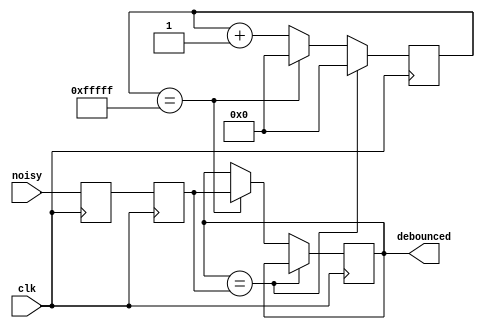
module debouncer (
    input wire clk,       // Clock signal
    input wire noisy,     // Noisy input signal (e.g., raw button press)
    output reg debounced  // Debounced output signal
);

    reg [19:0] counter;   // 20-bit counter for debounce timing
    reg state;            // State register to hold the debounced state
    reg sync_to_clk0;     // First stage of the synchronizer
    reg sync_to_clk1;     // Second stage of the synchronizer

    // Synchronize the input to the clock domain to avoid metastability
    // flip-flops
    always @(posedge clk) begin
        sync_to_clk0 <= noisy;
    end

    always @(posedge clk) begin
        sync_to_clk1 <= sync_to_clk0;
    end

    // Debounce logic
    always @(posedge clk) begin
        if (state == sync_to_clk1) begin
            counter <= 0;
        end else begin
            counter <= counter + 1;
            if (counter == 20'hFFFFF) begin  // Adjust the counter value as needed for debounce time
                state <= sync_to_clk1;
                counter <= 0;
            end
        end
    end

    // Output the debounced state
    assign debounced = state;

endmodule